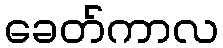
ခေတ်ကာလ